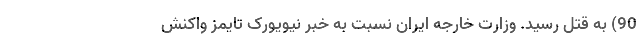
90) به قتل رسید. وزارت خارجه ایران نسبت به خبر نیویورک تایمز واکنش